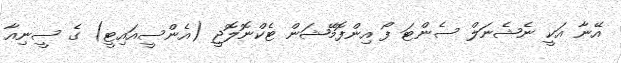
އޭނާ އަކީ ނެޝެނަލް ސެންޓަ ފޯ އިންފޮމޭޝަން ޓެކްނޮލޮޖީ (އެންސީއައިޓީ) ގެ ސީނިއާ